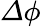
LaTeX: \varDelta\phi